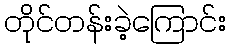
တိုင်တန်းခဲ့ကြောင်း